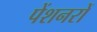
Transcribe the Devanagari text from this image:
पेंशनरों